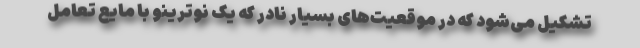
تشکیل می‌شود که در موقعیت‌های بسیار نادر که یک نوترینو با مایع تعامل